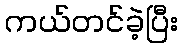
ကယ်တင်ခဲ့ပြီး